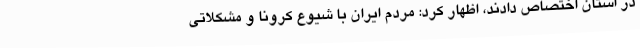
در استان اختصاص دادند، اظهار کرد: مردم ایران با شیوع کرونا و مشکلاتی